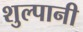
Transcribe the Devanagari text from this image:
शुल्पानी